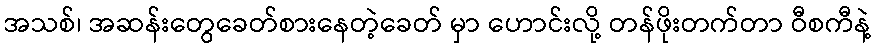
အသစ်၊ အဆန်းတွေခေတ်စားနေတဲ့ခေတ် မှာ ဟောင်းလို့ တန်ဖိုးတက်တာ ဝီစကီနဲ့